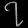
Digit: ၇